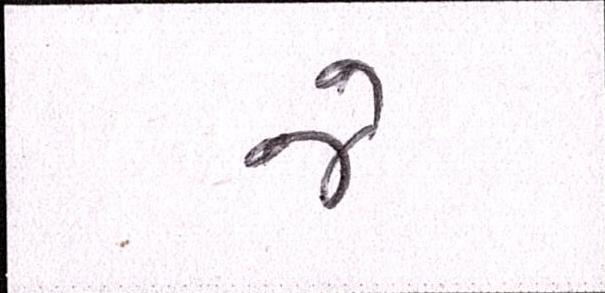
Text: જે